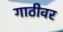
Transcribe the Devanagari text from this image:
गाठीवर